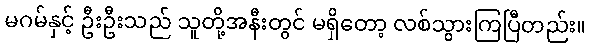
မဂမ်နှင့် ဦးဦးသည် သူတို့အနီးတွင် မရှိတော့ လစ်သွားကြပြီတည်း။